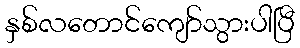
နှစ်လတောင်ကျော်သွားပါပြီ